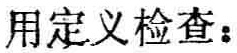
用定义检查：